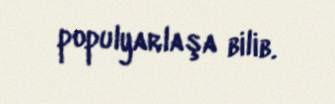
populyarlaşa bilib.